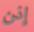
إذن